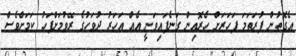
އެގޮތުން ފުރަތަމަ ފަހަރަށް ހެރޮއިން ގަނެފައިވަނީ އެއް އަހަރު ދުވަހުގެ ރޭވުމަށްފަހު ކަމަށްވެސް